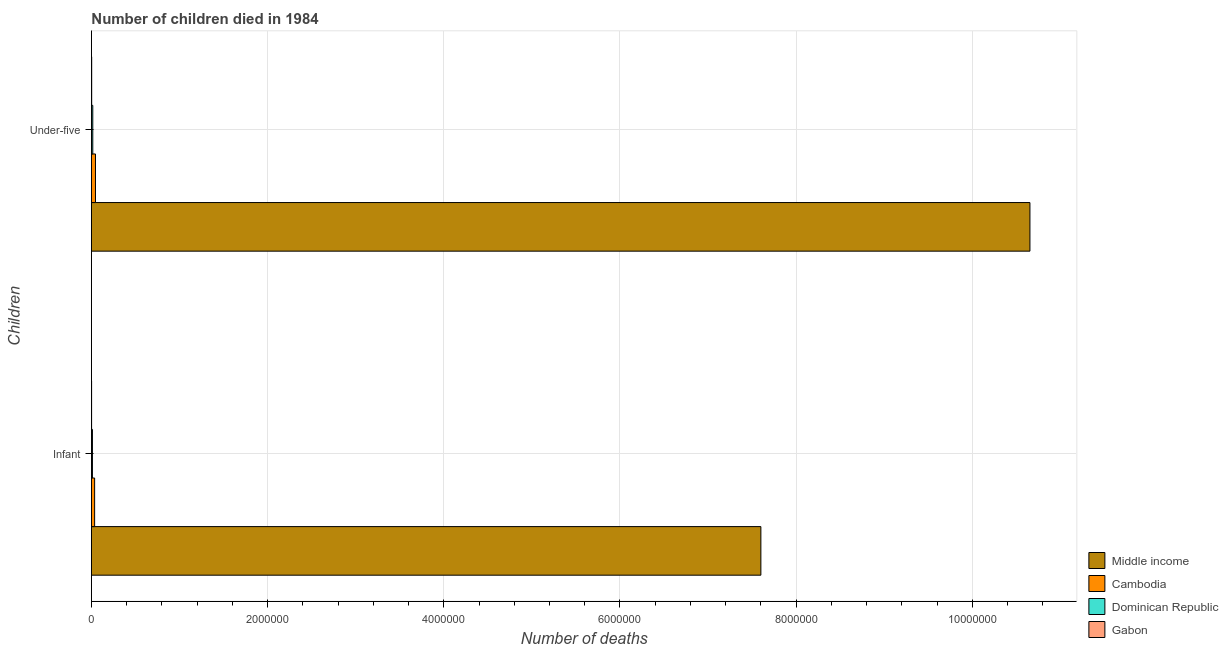
| Children | Middle income | Cambodia | Dominican Republic | Gabon |
 | --- | --- | --- | --- | --- |
 | Infant | 7.6e+06 | 3.64e+04 | 1.16e+04 | 1.98e+03 |
 | Under-five | 1.07e+07 | 4.6e+04 | 1.54e+04 | 3.02e+03 |